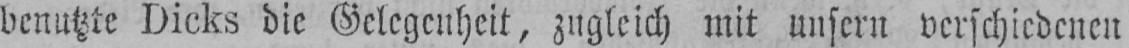
benutzte Dicks die Gelegenheit, zugleich mit unsern verschiedenen